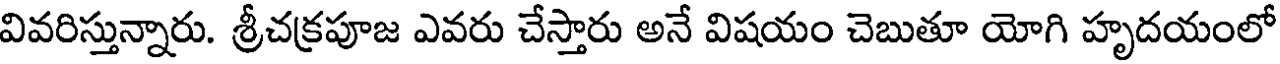
వివరిస్తున్నారు. శ్రీచక్రపూజ ఎవరు చేస్తారు అనే విషయం చెబుతూ యోగి హృదయంలో